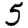
Digit: 5